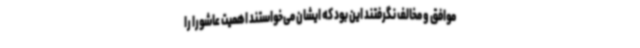
موافق و مخالف نگرفتند این بود که ایشان می‌خواستند اهمیت عاشورا را